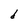
Character: d